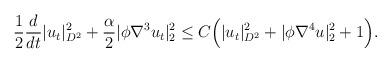
LaTeX: \begin{align*}&\frac{1}{2} \frac{d}{dt}|u_t|^2_{D^2}+\frac{\alpha}{2} |\phi \nabla^3 u_t|^2_2 \leq C\Big(| u_t|^2_{D^2}+|\phi \nabla^4 u|^2_2+1\Big).\end{align*}